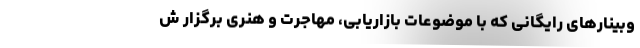
وبینارهای رایگانی که با موضوعات بازاریابی، مهاجرت و هنری برگزار ش